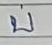
บ